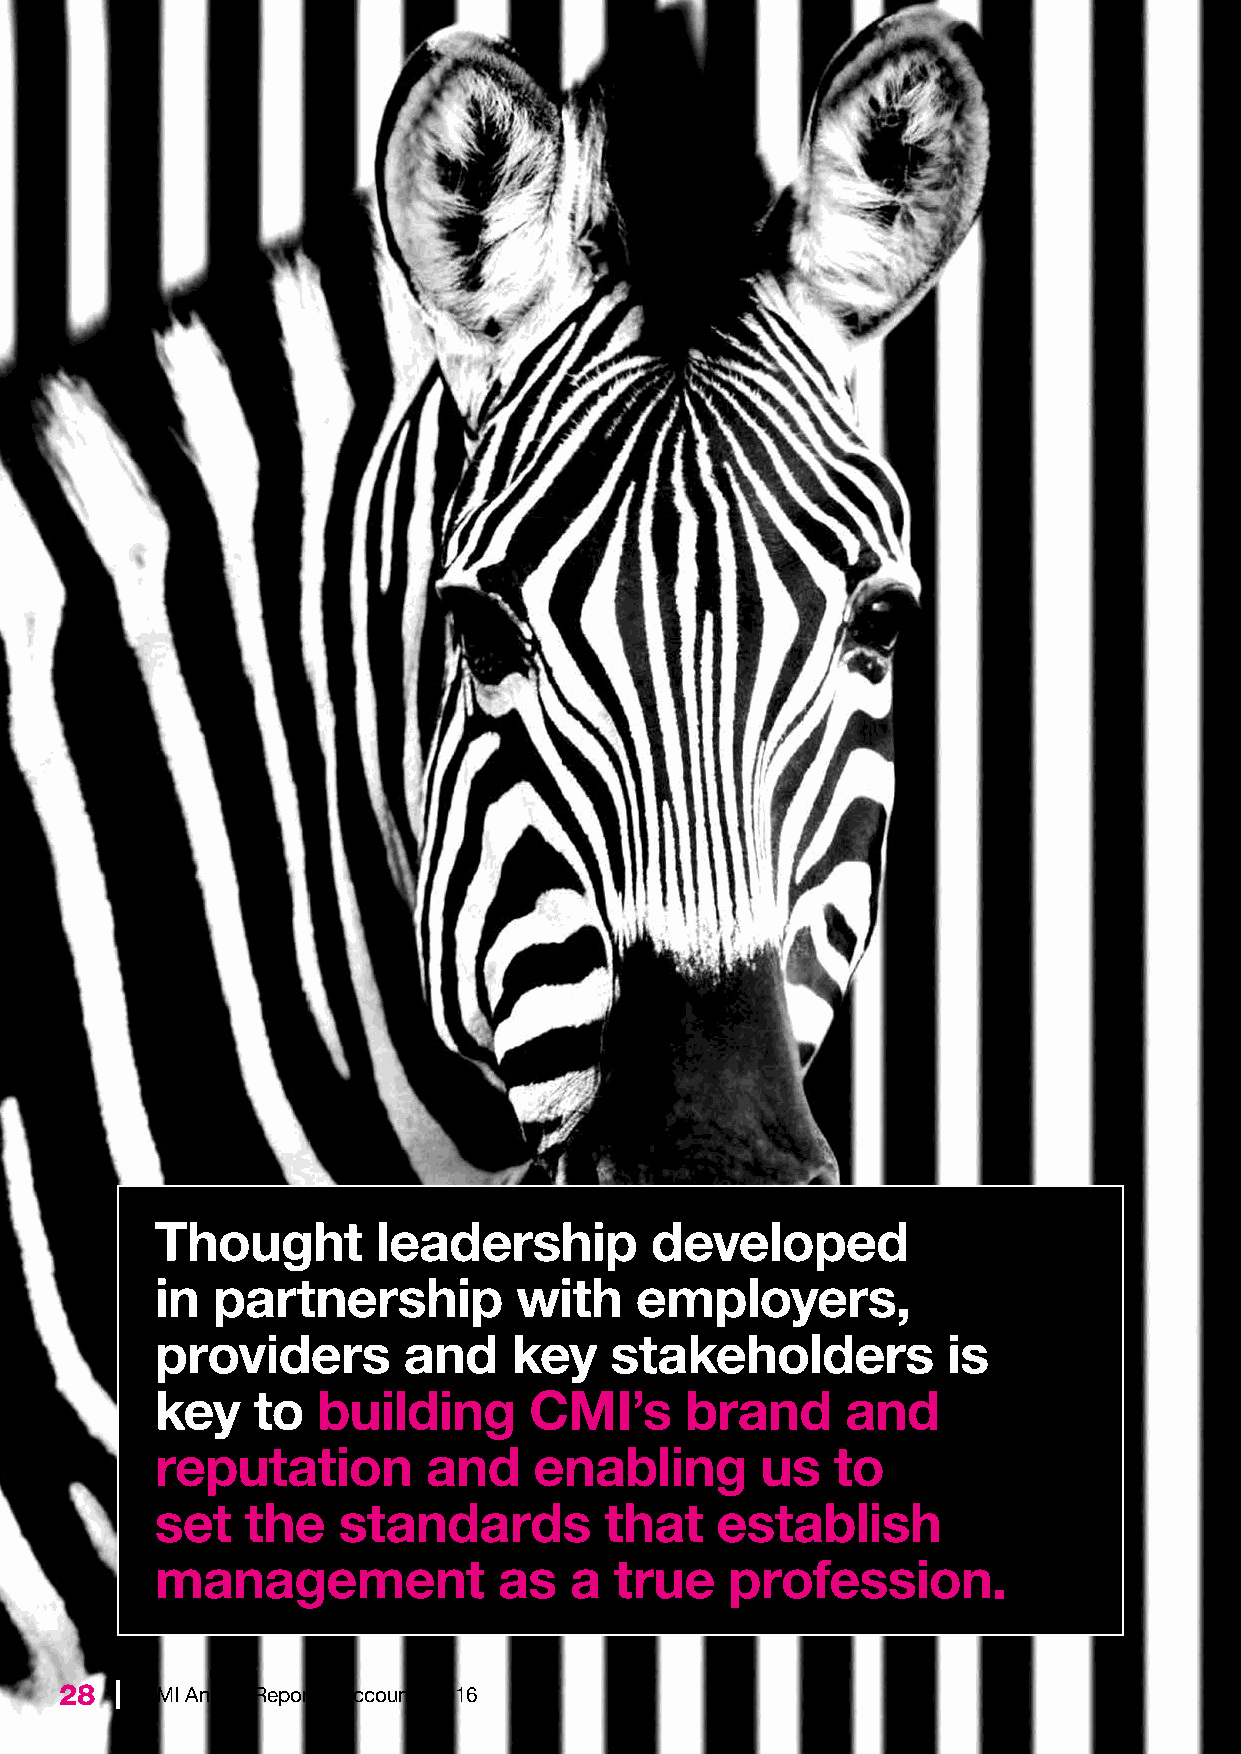
Thought        leadership        developed
 in  partnership         with    employers,
 providers        and    key   stakeholders           is
 key    to  building      CMI’s     brand      and
 reputation        and    enabling       us   to
 set   the   standards         that   establish
 management             as   a  true   profession.
 28  | CMI Annual Report & Accounts 2016